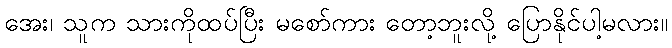
အေး၊ သူက သားကိုထပ်ပြီး မစော်ကား တော့ဘူးလို့ ပြောနိုင်ပါ့မလား။